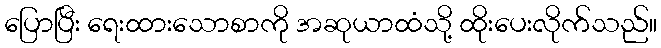
ပြောပြီး ရေးထားသောစာကို အဆုယာထံသို့ ထိုးပေးလိုက်သည်။